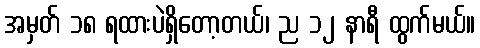
အမှတ် ၁၈ ရထားပဲရှိတော့တယ်၊ ည ၁၂ နာရီ ထွက်မယ်။